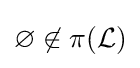
\varnothing \not \in \pi ({\mathcal {L}})